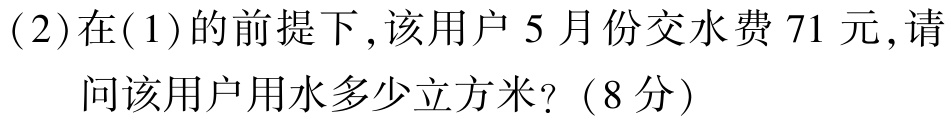
(2)在(1)的前提下,该用户5月份交水费71元,请问该用户用水多少立方米?（8分）